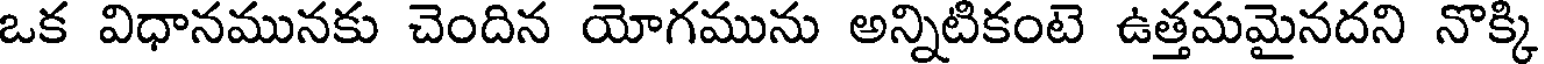
ఒక విధానమునకు చెందిన యోగమును అన్నిటికంటె ఉత్తమమైనదని నొక్కి